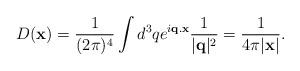
LaTeX: \begin{align*}D({\bf x})=\frac{1}{(2\pi)^4}\int d^3q e^{i{\bf q.x}}\frac{1}{|{\bf q}|^2}=\frac{1}{4\pi |{\bf x}|}.\end{align*}